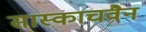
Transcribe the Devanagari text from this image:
सास्काचवैन